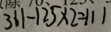
3 6 1 - 1 2 5 \times 2 = 1 1 1